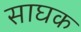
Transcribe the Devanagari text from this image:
साघक